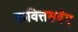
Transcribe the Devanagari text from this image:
कवित्तसवैए